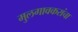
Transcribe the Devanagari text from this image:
मुलगावकरांचा